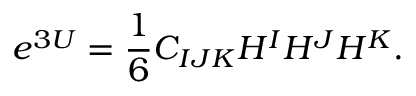
e ^ { 3 U } = { \frac { 1 } { 6 } } C _ { I J K } H ^ { I } H ^ { J } H ^ { K } .